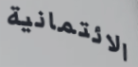
الائتمانية